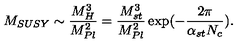
M _ { S U S Y } \sim { \frac { M _ { H } ^ { 3 } } { M _ { P l } ^ { 2 } } } = { \frac { M _ { s t } ^ { 3 } } { M _ { P l } ^ { 2 } } } \exp ( - { \frac { 2 \pi } { \alpha _ { s t } N _ { c } } } ) .